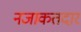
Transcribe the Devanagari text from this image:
नजाकतदार